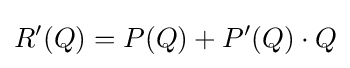
R'(Q)=P(Q)+P'(Q)\cdot Q